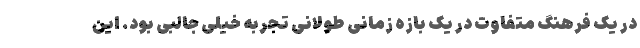
در یک فرهنگ متفاوت در یک بازه زمانی طولانی تجربه خیلی جالبی بود. این